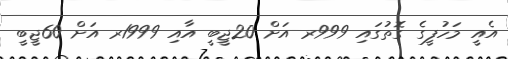
އެއީ މަހުފީގެ ގޮތުގައި 999ރ އަށް 20ޖީބީ އާއި 1999ރ އަށް 60ޖީބީ